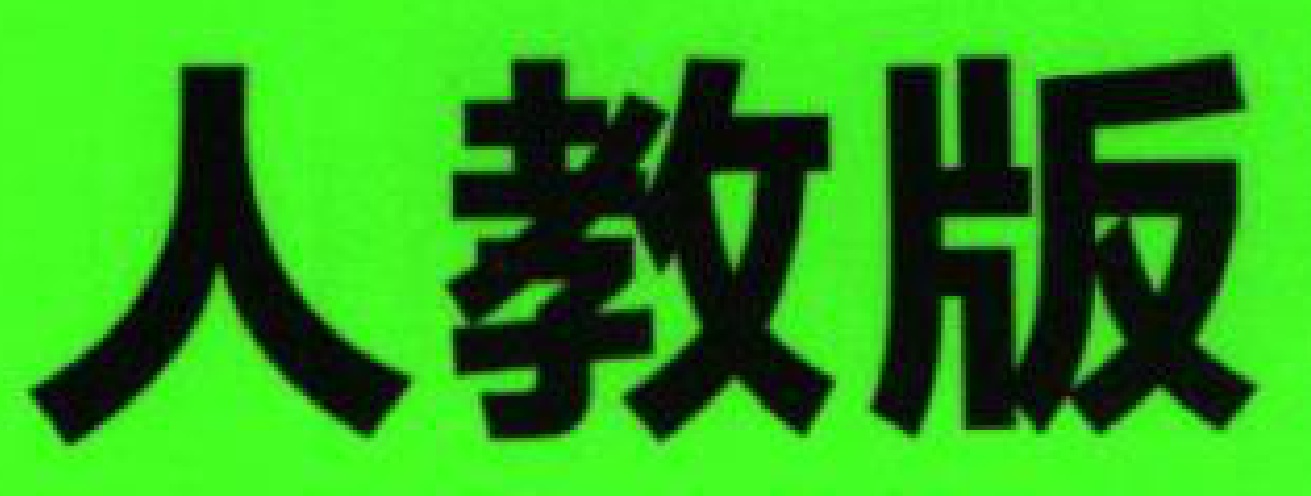
人教版